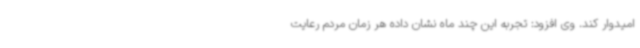
امیدوار کند. وی افزود: تجربه این چند ماه نشان داده هر زمان مردم رعایت